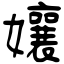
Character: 孃